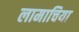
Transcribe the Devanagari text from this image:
लामाचिया